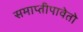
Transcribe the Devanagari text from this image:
समाप्तीपावेतो